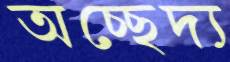
অচ্ছেদ্য